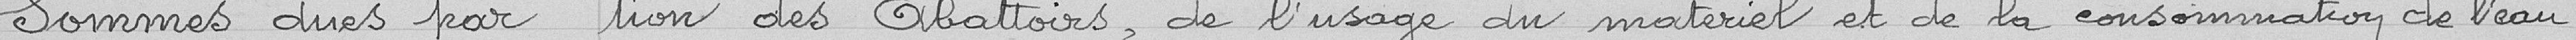
Sommes dues par tion des Abattoirs, de l'usage du matériel et de la consommation de l'eau